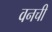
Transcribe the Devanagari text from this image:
वनची